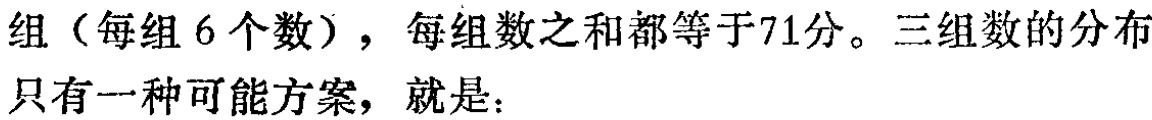
组（每组 6 个数），每组数之和都等于71分。三组数的分布

只有一种可能方案，就是：